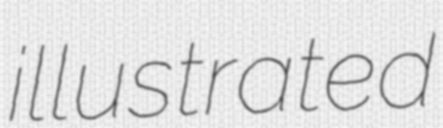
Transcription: illustrated